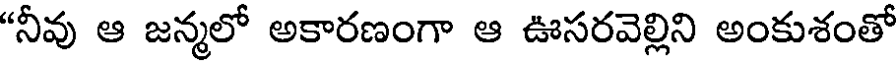
"నీవు ఆ జన్మలో అకారణంగా ఆ ఊసరవెల్లిని అంకుశంతో